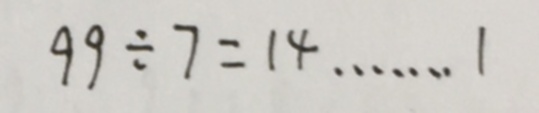
9 9 \div 7 = 1 4 \cdots 1